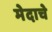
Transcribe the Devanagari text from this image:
मेदाचे